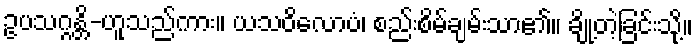
ဥပသဂ္ဂန္တိ-ဟူသည်ကား။ ယသဝိလောပံ၊ စည်းစိမ်ချမ်းသာ၏။ ချို့တဲ့ခြင်းသို့။